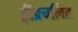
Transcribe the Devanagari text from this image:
हींप्रचलित